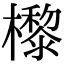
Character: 㰀